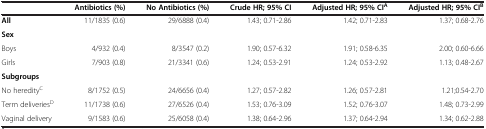
<table><thead><tr><td><b> </b></td><td><b>Antibiotics (%)</b></td><td><b>No Antibiotics (%)</b></td><td><b>Crude HR; 95% CI</b></td><td><b>Adjusted HR; 95% CI<sup>A</sup></b></td><td><b>Adjusted HR; 95% CI<sup>B</sup></b></td></tr></thead><tbody><tr><td><b>All</b></td><td>11/1835 (0.6)</td><td>29/6888 (0.4)</td><td>1.43; 0.71-2.86</td><td>1.42; 0.71-2.83</td><td>1.37; 0.68-2.76</td></tr><tr><td><b>Sex</b></td><td> </td><td> </td><td> </td><td> </td><td> </td></tr><tr><td>Boys</td><td>4/932 (0.4)</td><td>8/3547 (0.2)</td><td>1.90; 0.57-6.32</td><td>1.91; 0.58-6.35</td><td>2.00; 0.60-6.66</td></tr><tr><td>Girls</td><td>7/903 (0.8)</td><td>21/3341 (0.6)</td><td>1.24; 0.53-2.91</td><td>1.24; 0.53-2.92</td><td>1.13; 0.48-2.67</td></tr><tr><td><b>Subgroups</b></td><td> </td><td> </td><td> </td><td> </td><td> </td></tr><tr><td>No heredity<sup>C</sup></td><td>8/1752 (0.5)</td><td>24/6656 (0.4)</td><td>1.27; 0.57-2.82</td><td>1.26; 0.57-2.81</td><td>1.21;0.54-2.70</td></tr><tr><td>Term deliveries<sup>D</sup></td><td>11/1738 (0.6)</td><td>27/6526 (0.4)</td><td>1.53; 0.76-3.09</td><td>1.52; 0.76-3.07</td><td>1.48; 0.73-2.99</td></tr><tr><td>Vaginal delivery</td><td>9/1583 (0.6)</td><td>25/6058 (0.4)</td><td>1.38; 0.64-2.96</td><td>1.37; 0.64-2.94</td><td>1.34; 0.62-2.88</td></tr></tbody></table>